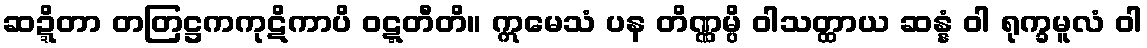
ဆဍ္ဍိတာ တတြဋ္ဌကကုဋိကာပိ ဝဋ္ဋတီတိ။ ဣမေသံ ပန တိဏ္ဏမ္ပိ ဝါသတ္ထာယ ဆန္နံ ဝါ ရုက္ခမူလံ ဝါ